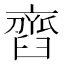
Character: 𦦏